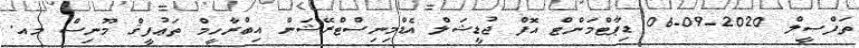
ތަފްސީލް 2020-09-06 ޑިޕާޓްމަންޓް އޮފް ޖުޑީޝަލް އެޑްމިނިސްޓްރޭޝަން އިބްރާހީމް ތަޢުފީޤް މޫނިސް މއ.